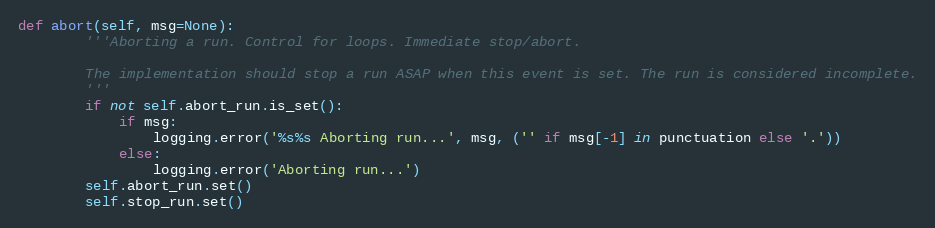
Language: Python
def abort(self, msg=None):
        '''Aborting a run. Control for loops. Immediate stop/abort.

        The implementation should stop a run ASAP when this event is set. The run is considered incomplete.
        '''
        if not self.abort_run.is_set():
            if msg:
                logging.error('%s%s Aborting run...', msg, ('' if msg[-1] in punctuation else '.'))
            else:
                logging.error('Aborting run...')
        self.abort_run.set()
        self.stop_run.set()